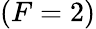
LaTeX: (F=2)